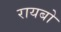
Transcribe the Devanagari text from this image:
रायबो